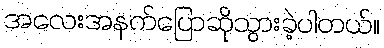
အလေးအနက်ပြောဆိုသွားခဲ့ပါတယ်။